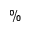
\%